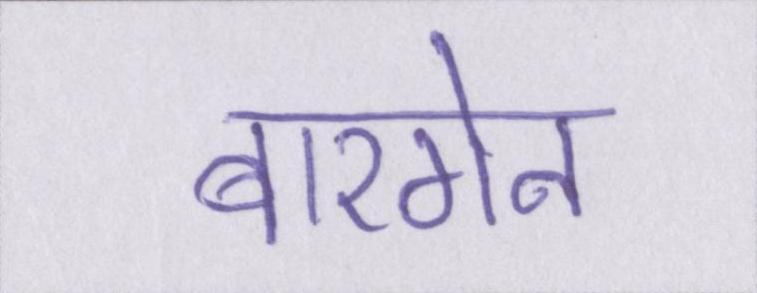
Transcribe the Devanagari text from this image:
बारगेन